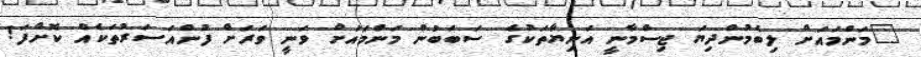
"މަންމައަށް ލިބެމުންދިޔަ ޖިސްމާނީ އަނިޔާތަކުގެ ސަބަބުން މަންމައަށް ވަނީ ވަރަށް ފުންއަސަރުތަކެއް ކޮށްފަ!